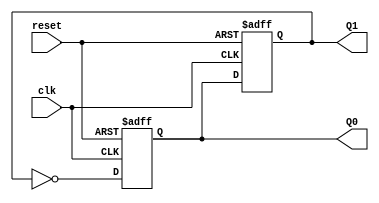
module dual_stage_johnson_counter (
    input wire clk,       // Clock input
    input wire reset,     // Asynchronous reset
    output reg Q0,       // Output of the first flip-flop
    output reg Q1        // Output of the second flip-flop
);

    // Always block triggered on the rising edge of the clock or the reset
    always @(posedge clk or posedge reset) begin
        if (reset) begin
            // Asynchronously reset the counter
            Q0 <= 1'b0;
            Q1 <= 1'b0;
        end else begin
            // Johnson counter state transition
            Q0 <= ~Q1; // Feedback: Inverted Q1 to D0
            Q1 <= Q0;  // Q0 to D1
        end
    end

endmodule